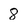
Character: 8